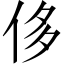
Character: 侈